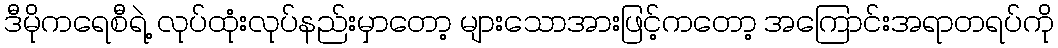
ဒီမိုကရေစီရဲ့ လုပ်ထုံးလုပ်နည်းမှာတော့ များသောအားဖြင့်ကတော့ အကြောင်းအရာတရပ်ကို